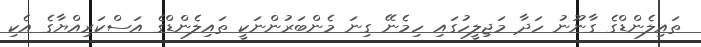
ތައިލެންޑްގެ ގާނޫނު ހަދާ މަޖިލީހުގައި ހިމެނޭ ގިނަ މެންބަރުންނަކީ ތައިލެންޑްގެ އަސްކަރިއްޔާގެ އެކި